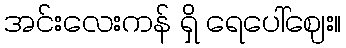
အင်းလေးကန် ရှိ ရေပေါ်ဈေး။